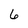
Character: 6